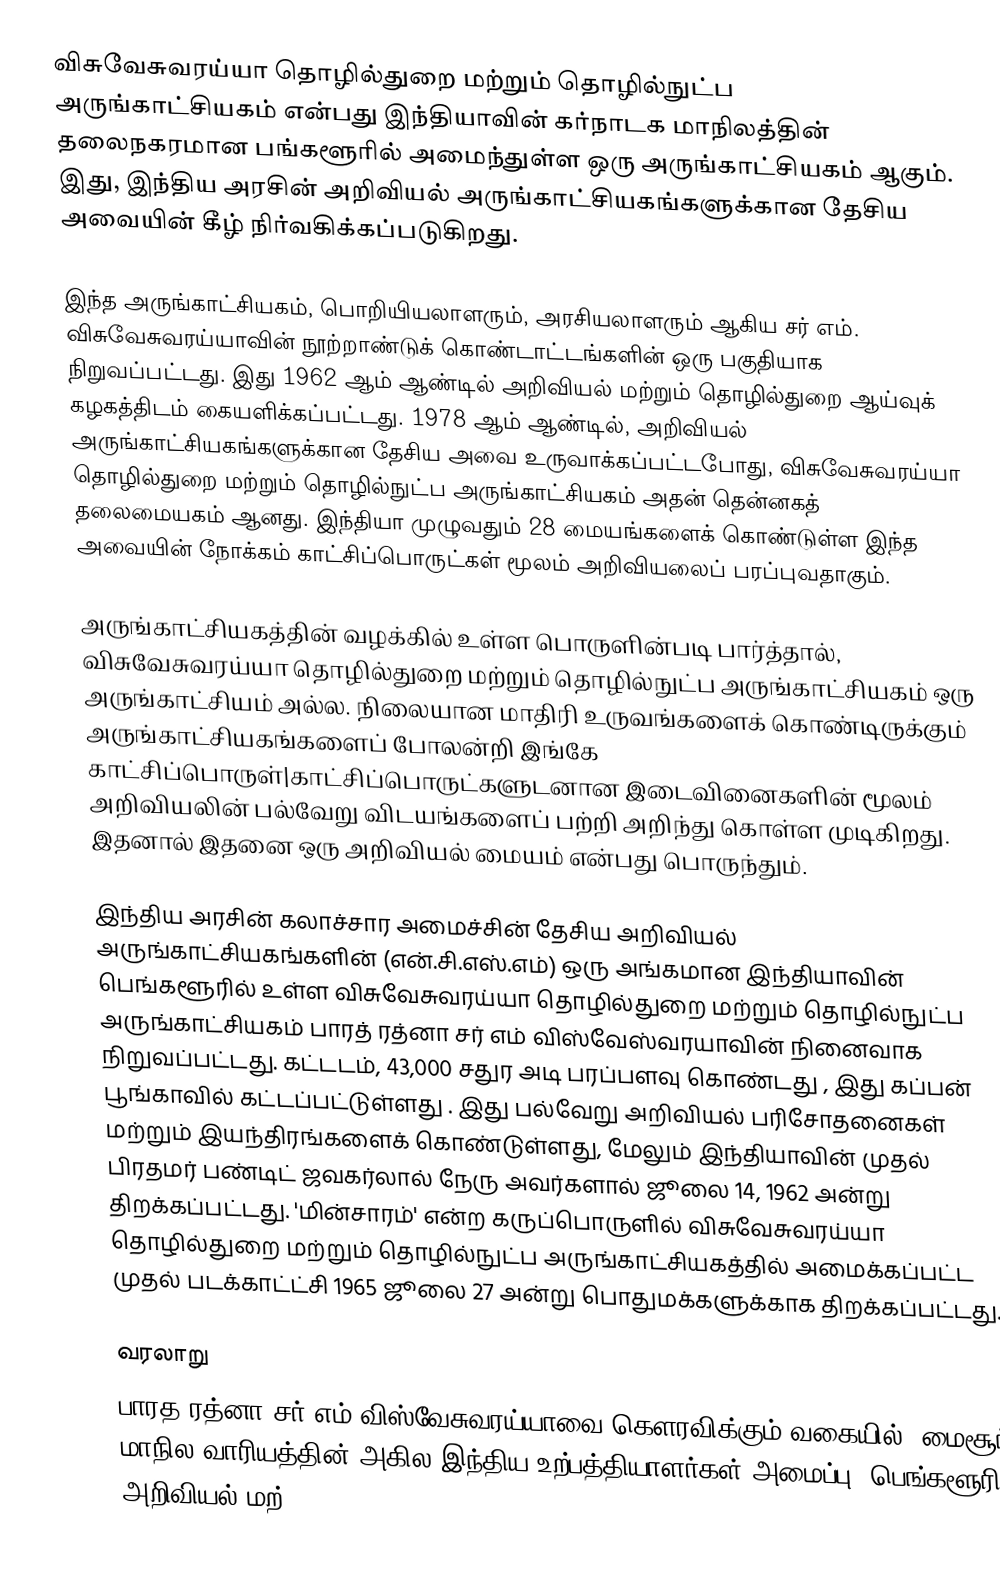
விசுவேசுவரய்யா தொழில்துறை மற்றும் தொழில்நுட்ப அருங்காட்சியகம் என்பது இந்தியாவின் கர்நாடக மாநிலத்தின் தலைநகரமான பங்களூரில் அமைந்துள்ள ஒரு அருங்காட்சியகம் ஆகும். இது, இந்திய அரசின் அறிவியல் அருங்காட்சியகங்களுக்கான தேசிய அவையின் கீழ் நிர்வகிக்கப்படுகிறது.

இந்த அருங்காட்சியகம், பொறியியலாளரும், அரசியலாளரும் ஆகிய சர் எம். விசுவேசுவரய்யாவின் நூற்றாண்டுக் கொண்டாட்டங்களின் ஒரு பகுதியாக நிறுவப்பட்டது. இது 1962 ஆம் ஆண்டில் அறிவியல் மற்றும் தொழில்துறை ஆய்வுக் கழகத்திடம் கையளிக்கப்பட்டது. 1978 ஆம் ஆண்டில், அறிவியல் அருங்காட்சியகங்களுக்கான தேசிய அவை உருவாக்கப்பட்டபோது, விசுவேசுவரய்யா தொழில்துறை மற்றும் தொழில்நுட்ப அருங்காட்சியகம் அதன் தென்னகத் தலைமையகம் ஆனது. இந்தியா முழுவதும் 28 மையங்களைக் கொண்டுள்ள இந்த அவையின் நோக்கம் காட்சிப்பொருட்கள் மூலம் அறிவியலைப் பரப்புவதாகும்.

அருங்காட்சியகத்தின் வழக்கில் உள்ள பொருளின்படி பார்த்தால், விசுவேசுவரய்யா தொழில்துறை மற்றும் தொழில்நுட்ப அருங்காட்சியகம் ஒரு அருங்காட்சியம் அல்ல. நிலையான மாதிரி உருவங்களைக் கொண்டிருக்கும் அருங்காட்சியகங்களைப் போலன்றி இங்கே காட்சிப்பொருள்|காட்சிப்பொருட்களுடனான இடைவினைகளின் மூலம் அறிவியலின் பல்வேறு விடயங்களைப் பற்றி அறிந்து கொள்ள முடிகிறது. இதனால் இதனை ஒரு அறிவியல் மையம் என்பது பொருந்தும்.

இந்திய அரசின் கலாச்சார அமைச்சின் தேசிய அறிவியல் அருங்காட்சியகங்களின் (என்.சி.எஸ்.எம்) ஒரு அங்கமான இந்தியாவின் பெங்களூரில் உள்ள விசுவேசுவரய்யா தொழில்துறை மற்றும் தொழில்நுட்ப அருங்காட்சியகம் பாரத் ரத்னா சர் எம் விஸ்வேஸ்வரயாவின் நினைவாக நிறுவப்பட்டது. கட்டடம், 43,000 சதுர அடி பரப்பளவு கொண்டது , இது கப்பன் பூங்காவில் கட்டப்பட்டுள்ளது  . இது பல்வேறு அறிவியல் பரிசோதனைகள் மற்றும் இயந்திரங்களைக் கொண்டுள்ளது, மேலும் இந்தியாவின் முதல் பிரதமர் பண்டிட் ஜவகர்லால் நேரு அவர்களால் ஜூலை 14, 1962 அன்று திறக்கப்பட்டது. 'மின்சாரம்' என்ற கருப்பொருளில் விசுவேசுவரய்யா தொழில்துறை மற்றும் தொழில்நுட்ப அருங்காட்சியகத்தில் அமைக்கப்பட்ட முதல் படக்காட்ட்சி 1965 ஜூலை 27 அன்று பொதுமக்களுக்காக திறக்கப்பட்டது.

வரலாறு
பாரத ரத்னா சர் எம் விஸ்வேசுவரய்யாவை  கௌரவிக்கும் வகையில், மைசூர் மாநில வாரியத்தின் அகில இந்திய உற்பத்தியாளர்கள் அமைப்பு, பெங்களூரில் அறிவியல் மற்